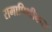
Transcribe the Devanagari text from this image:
रामापिथीकस